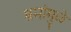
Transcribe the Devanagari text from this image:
श्रमांमुळे